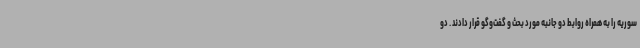
سوریه را به همراه روابط دو جانبه مورد بحث و گفت‌وگو قرار دادند . دو